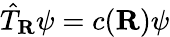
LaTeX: {\hat{T}}_{\mathbf{R}}\psi=c(\mathbf{R})\psi